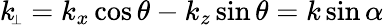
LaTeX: k_{\scriptscriptstyle\! \perp}=k_{x}\cos\theta-k_{z}\sin\theta=k\sin\alpha